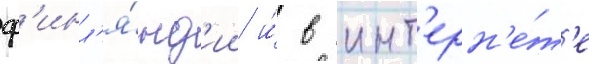
ф'инл'я́нд'ии и́ в инт'ерн'е́т'е